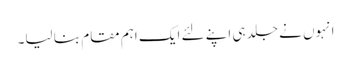
انہوں نے جلد ہی اپنے لئے ایک اہم مقام بنا لیا۔